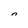
Character: n